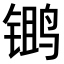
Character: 𫛾